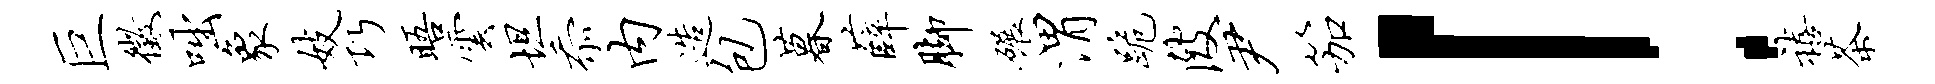
巨征咄象妓巧晤云坦忝内造包暮薛脚碾渭跪陂尹笳！禧茶